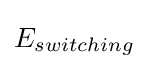
E_{switching}